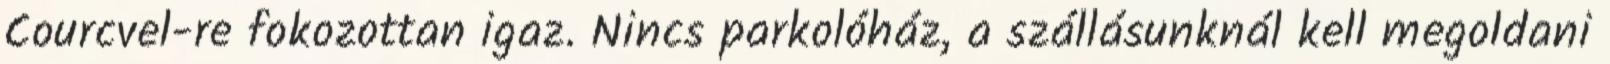
Courcvel-re fokozottan igaz. Nincs parkolóház, a szállásunknál kell megoldani